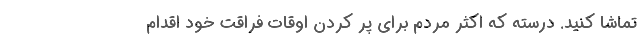
تماشا کنید. درسته که اکثر مردم برای پر کردن اوقات فراقت خود اقدام